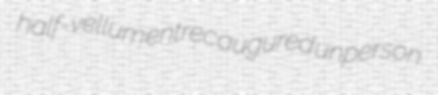
half-vellum entrec augured unperson